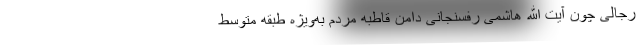
رجالی چون آیت الله هاشمی رفسنجانی دامن قاطبه مردم به‌ویژه طبقه متوسط